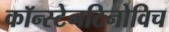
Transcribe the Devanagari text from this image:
कॉन्स्टेनटिनोविच